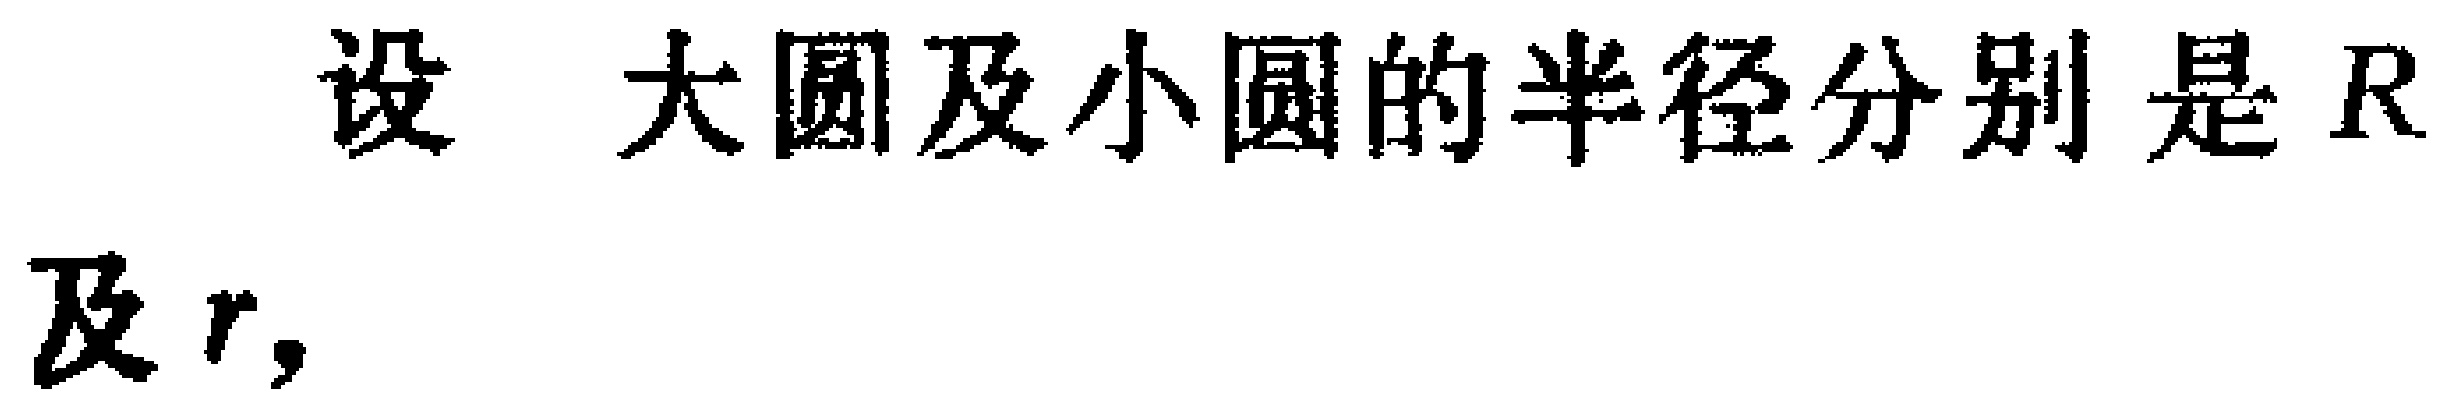
设大圆及小圆的半径分别是\(R\)及\(r\)，